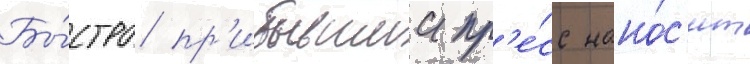
Бы́стро пр'ибывшии пр'е́сс нано́с'ит